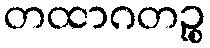
တထာဂတဉ္စ